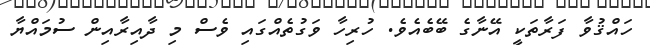
ހައްޤުވާ ފަރާތަކީ އޭނާގެ ބޭބެއެވެ. ހުރިހާ ވަގުތެއްގައި ވެސް މި ދާއިރާއިން ސުމައްޔާ